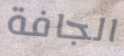
الجافة